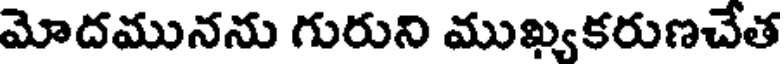
మోదమునను గురుని ముఖ్యకరుణచేత